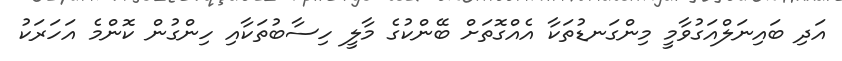
އަދި ބައިނަލްއަގުވާމީ މިންގަނޑުތަކާ އެއްގޮތަށް ބޭންކުގެ މާލީ ހިސާބުތަކާއި ހިންގުން ކޮންމެ އަހަރަކު